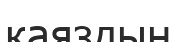
қаяздың